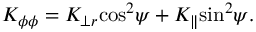
K _ { \phi \phi } = K _ { \perp r } { \cos } ^ { 2 } \psi + K _ { \parallel } { \sin } ^ { 2 } \psi .